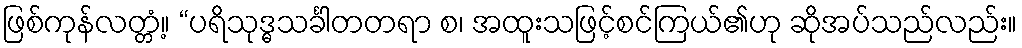
ဖြစ်ကုန်လတ္တံ့။ “ပရိသုဒ္ဓသင်္ခါတတရာ စ၊ အထူးသဖြင့်စင်ကြယ်၏ဟု ဆိုအပ်သည်လည်း။